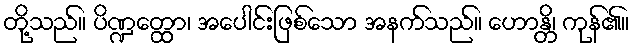
တို့သည်။ ပိဏ္ဍတ္ထော၊ အပေါင်းဖြစ်သော အနက်သည်။ ဟောန္တိ၊ ကုန်၏။